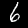
Digit: 6